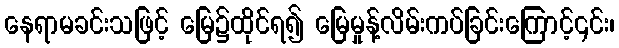
နေရာမခင်းသဖြင့် မြေ၌ထိုင်ရ၍ မြေမှုန့်လိမ်းကပ်ခြင်းကြောင့်၎င်း၊